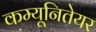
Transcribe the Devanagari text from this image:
कम्यूनितेयर